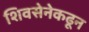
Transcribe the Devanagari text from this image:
शिवसेनेकढून